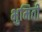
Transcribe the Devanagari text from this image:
भुमिती